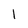
Character: l